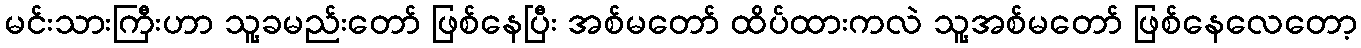
မင်းသားကြီးဟာ သူ့ခမည်းတော် ဖြစ်နေပြီး အစ်မတော် ထိပ်ထားကလဲ သူ့အစ်မတော် ဖြစ်နေလေတော့